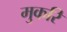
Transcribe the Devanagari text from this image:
मुकरि